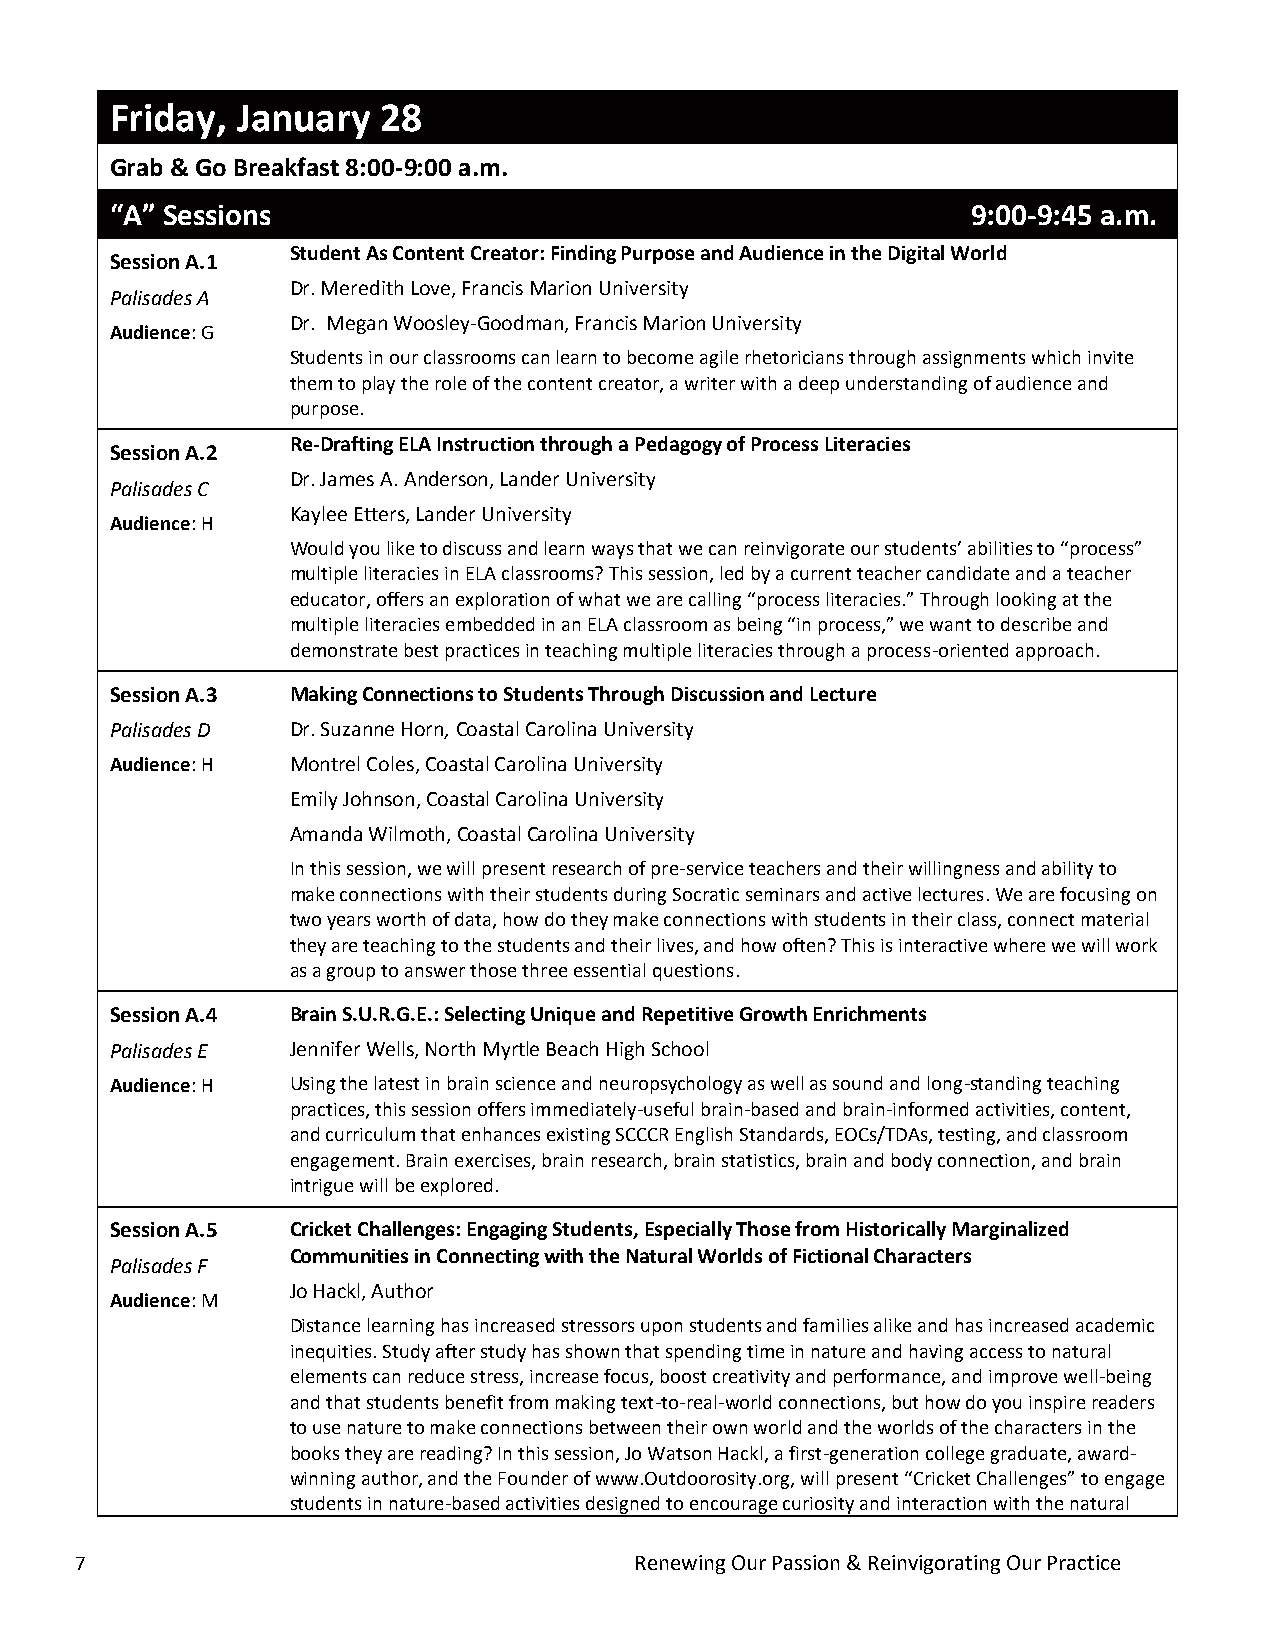
Friday,  January  28
 Grab & Go Breakfast 8:00-9:00 a.m.
 “A” Sessions                                             9:00-9:45 a.m.
 Student As Content Creator: Finding Purpose and Audience in the Digital World
 Session A.1
 Dr. Meredith Love, Francis Marion University
 Palisades A
 Dr. Megan Woosley-Goodman, Francis Marion University
 Audience: G
 Students in our classrooms can learn to become agile rhetoricians through assignments which invite
 them to play the role of the content creator, a writer with a deep understanding of audience and
 purpose.
 Re-Drafting ELA Instruction through a Pedagogy of Process Literacies
 Session A.2
 Dr. James A. Anderson, Lander University
 Palisades C
 Audience: H
 Kaylee Etters, Lander University
 Would you like to discuss and learn ways that we can reinvigorate our students’ abilities to “process”
 multiple literacies in ELA classrooms? This session, led by a current teacher candidate and a teacher
 educator, offers an exploration of what we are calling “process literacies.” Through looking at the
 multiple literacies embedded in an ELA classroom as being “in process,” we want to describe and
 demonstrate best practices in teaching multiple literacies through a process-oriented approach.
 Session A.3 Making Connections to Students Through Discussion and Lecture
 Palisades D Dr. Suzanne Horn, Coastal Carolina University
 Audience: H Montrel Coles, Coastal Carolina University
 Emily Johnson, Coastal Carolina University
 Amanda Wilmoth, Coastal Carolina University
 In this session, we will present research of pre-service teachers and their willingness and ability to
 make connections with their students during Socratic seminars and active lectures. We are focusing on
 two years worth of data, how do they make connections with students in their class, connect material
 they are teaching to the students and their lives, and how often? This is interactive where we will work
 as a group to answer those three essential questions.
 Session A.4 Brain S.U.R.G.E.: Selecting Unique and Repetitive Growth Enrichments
 Palisades E Jennifer Wells, North Myrtle Beach High School
 Audience: H Using the latest in brain science and neuropsychology as well as sound and long-standing teaching
 practices, this session offers immediately-useful brain-based and brain-informed activities, content,
 and curriculum that enhances existing SCCCR English Standards, EOCs/TDAs, testing, and classroom
 engagement. Brain exercises, brain research, brain statistics, brain and body connection, and brain
 intrigue will be explored.
 Session A.5 Cricket Challenges: Engaging Students, Especially Those from Historically Marginalized
 Communities in Connecting with the Natural Worlds of Fictional Characters
 Palisades F
 Audience: M
 Jo Hackl, Author
 Distance learning has increased stressors upon students and families alike and has increased academic
 inequities. Study after study has shown that spending time in nature and having access to natural
 elements can reduce stress, increase focus, boost creativity and performance, and improve well-being
 and that students benefit from making text-to-real-world connections, but how do you inspire readers
 to use nature to make connections between their own world and the worlds of the characters in the
 books they are reading? In this session, Jo Watson Hackl, a first-generation college graduate, award-
 winning author, and the Founder of www.Outdoorosity.org, will present “Cricket Challenges” to engage
 students in nature-based activities designed to encourage curiosity and interaction with the natural
 7                                    Renewing Our Passion & Reinvigorating Our Practice